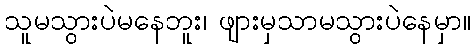
သူမသွားပဲမနေဘူး၊ ဖျားမှသာမသွားပဲနေမှာ။